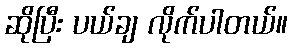
ဆိုပြီး ပယ်ချ လိုက်ပါတယ်။